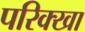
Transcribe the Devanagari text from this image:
परिक्खा